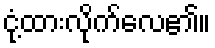
ငုံ့ထားလိုက်လေ၏။